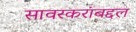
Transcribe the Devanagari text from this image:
सावरकरांबद्दल